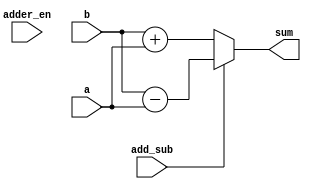
module adder_1(
	input [39:0] a,
    input [39:0] b,
    input add_sub,
	input adder_en,
    output [39:0] sum
    );
		assign sum = (add_sub == 1'b1) ? (b - a) : 
						 (add_sub == 1'b0) ? (b + a) :
						 	sum;	
endmodule